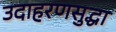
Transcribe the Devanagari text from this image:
उदाहरणसुद्धा